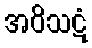
အဝိသဋံ